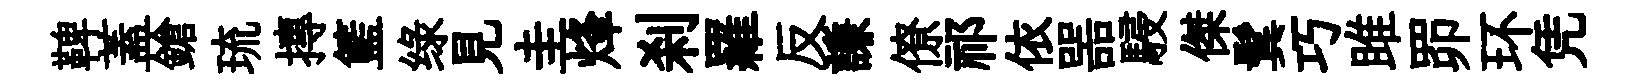
鞞蓋鎗琉摶籃绿見圭烽刹羅反謙僚祁依噐駸傑鬂巧雎𦊑环凭